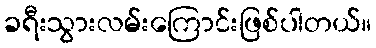
ခရီးသွားလမ်းကြောင်းဖြစ်ပါတယ်။